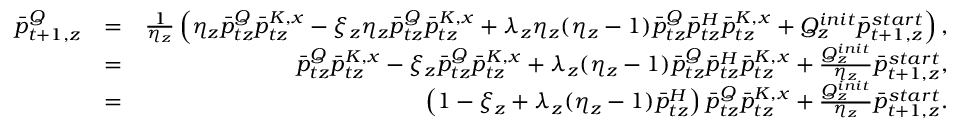
\begin{array} { r l r } { \bar { p } _ { t + 1 , z } ^ { Q } } & { = } & { \frac { 1 } { \eta _ { z } } \left( \eta _ { z } \bar { p } _ { t z } ^ { Q } \bar { p } _ { t z } ^ { K , x } - \xi _ { z } \eta _ { z } \bar { p } _ { t z } ^ { Q } \bar { p } _ { t z } ^ { K , x } + \lambda _ { z } \eta _ { z } ( \eta _ { z } - 1 ) \bar { p } _ { t z } ^ { Q } \bar { p } _ { t z } ^ { H } \bar { p } _ { t z } ^ { K , x } + Q _ { z } ^ { i n i t } \bar { p } _ { t + 1 , z } ^ { s t a r t } \right) , } \\ & { = } & { \bar { p } _ { t z } ^ { Q } \bar { p } _ { t z } ^ { K , x } - \xi _ { z } \bar { p } _ { t z } ^ { Q } \bar { p } _ { t z } ^ { K , x } + \lambda _ { z } ( \eta _ { z } - 1 ) \bar { p } _ { t z } ^ { Q } \bar { p } _ { t z } ^ { H } \bar { p } _ { t z } ^ { K , x } + \frac { Q _ { z } ^ { i n i t } } { \eta _ { z } } \bar { p } _ { t + 1 , z } ^ { s t a r t } , } \\ & { = } & { \left( 1 - \xi _ { z } + \lambda _ { z } ( \eta _ { z } - 1 ) \bar { p } _ { t z } ^ { H } \right) \bar { p } _ { t z } ^ { Q } \bar { p } _ { t z } ^ { K , x } + \frac { Q _ { z } ^ { i n i t } } { \eta _ { z } } \bar { p } _ { t + 1 , z } ^ { s t a r t } . } \end{array}